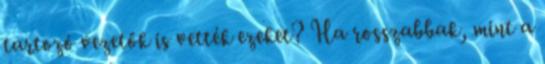
tartozó vezetők is vették ezeket? Ha rosszabbak, mint a